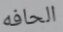
الحافه